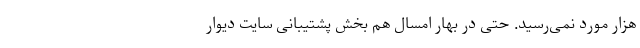
هزار مورد نمی‌رسید. حتی در بهار امسال هم بخش پشتیبانی سایت دیوار